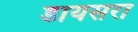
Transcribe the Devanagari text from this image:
डायसरा